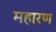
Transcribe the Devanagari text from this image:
महारण